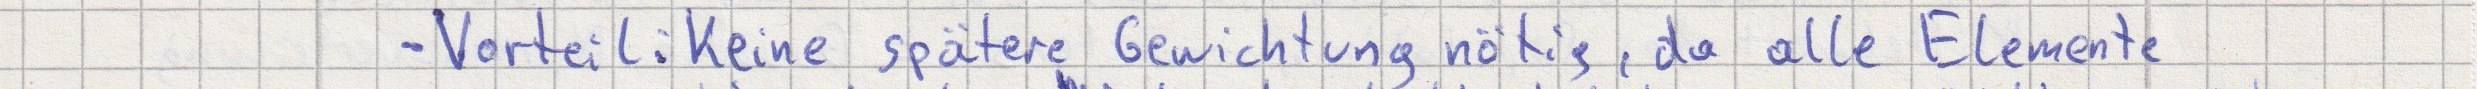
- Vorteil: Keine spätere Gewichtung nötig, da alle Elemente